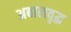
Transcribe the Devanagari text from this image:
अबालवृद्ध